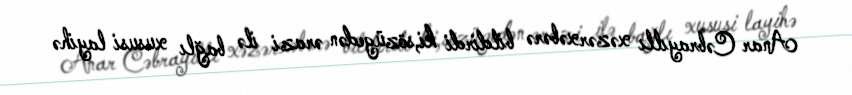
Anar Cəbrayıllı xəzərxəbərə bildirdi ki,sözügedən ərazi ilə bağlı xususi layihə